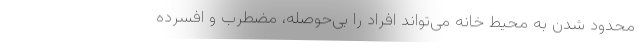
محدود شدن به محیط خانه می‌تواند افراد را بی‌حوصله، مضطرب و افسرده